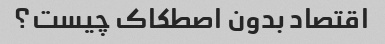
اقتصاد بدون اصطکاک چیست؟